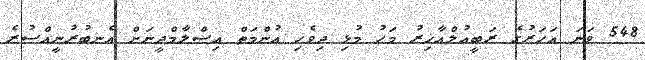
548 ވަނަ އަހަރުގެ ރަބީޢުލްއާޚިރު މަހު މުޅި ދިވެހި އުންމަތް އިސްލާމްދީނަށް އެނބުރުނީއްސުރެ